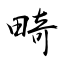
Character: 畸